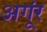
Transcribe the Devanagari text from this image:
अगूंर